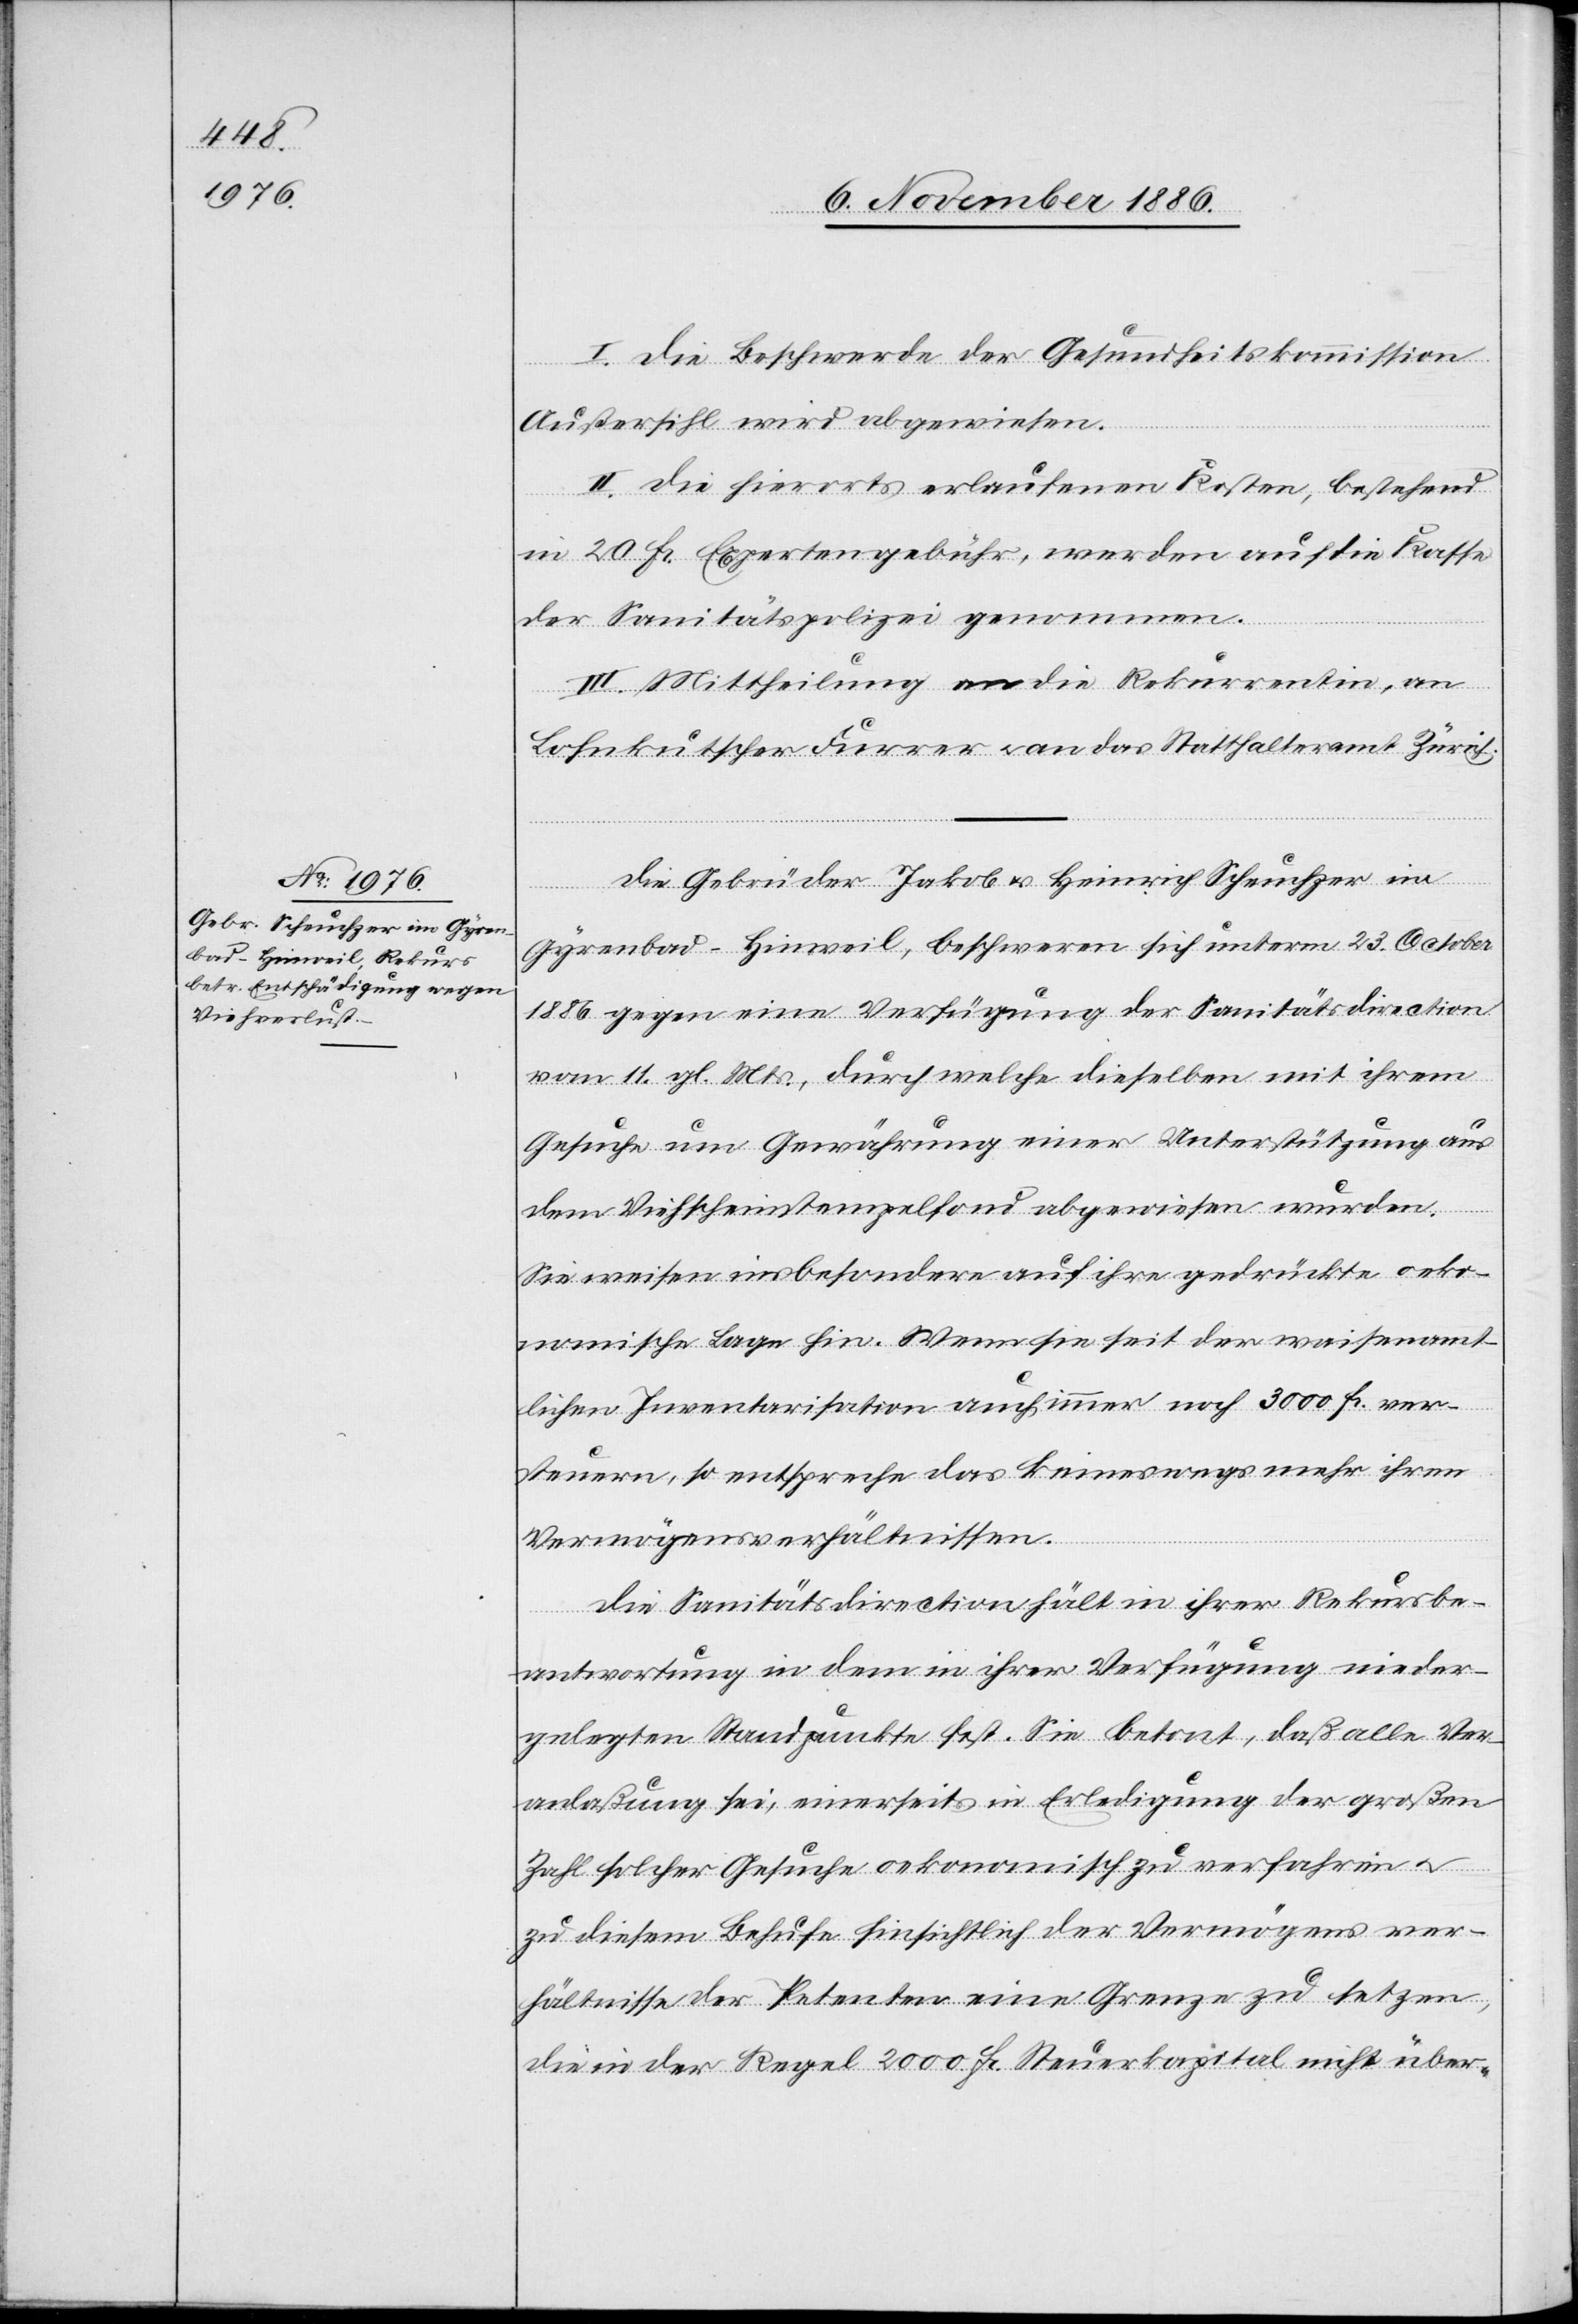
I. Die Beschwerde der Gesundheitskommission
Außersihl wird abgewiesen.
II. Die hierorts erlaufenen Kosten, bestehend
in 20 Fr. Expertengebühr, werden auf die Kasse
der Sanitätspolizei genommen.
III. Mittheilung an die Rekurrentin, an
Lohnkutscher Furrer & an das Statthalteramt Zürich.
Die Gebrüder Jakob & Heinrich Scheuchzer im
Gyrenbad - Hinweil, beschweren sich unterm 23. October
1886 gegen eine Verfügung der Sanitätsdirection
vom 11. g. Mts., durch welche dieselben mit ihrem
Gesuche um Gewährung einer Unterstützung aus
dem Viehscheinstempelfond abgewiesen wurden.
Sie weisen insbesondere auf ihre gedrückte oeko¬
nomische Lage hin. Wenn sie seit der waisenamt¬
lichen Inventarisation auch immer noch 3000 Fr. ver¬
steuern, so entspreche das keineswegs mehr ihren
Vermögensverhältnissen.
Die Sanitätsdirection hält in ihrer Rekursbe¬
antwortung in [sic!] dem in ihrer Verfügung nieder¬
gelegten Standpunkte fest. Sie betont, daß alle Ver¬
anlaßung sei, einerseits in Erledigung der großen
Zahl solcher Gesuche oekonomisch zu verfahren
zu diesem Behufe hinsichtlich der Vermögensver¬
hältnisse der Petenten eine Grenze zu setzen,
die in der Regel 2000 Fr. Steuerkapital nicht über-